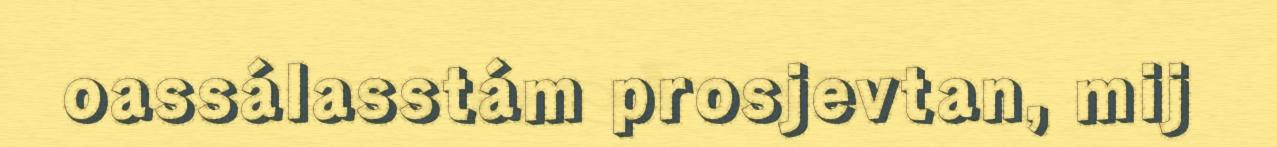
oassálasstám prosjevtan, mij